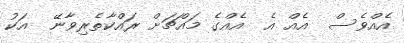
އެއްވެސް  އެއް އެ  އެއްގެ މައްޗަށް ރައްކާތެރިވާނޭ  އަކު